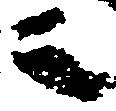
之